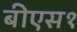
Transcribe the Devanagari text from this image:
बीएस१